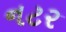
નટર